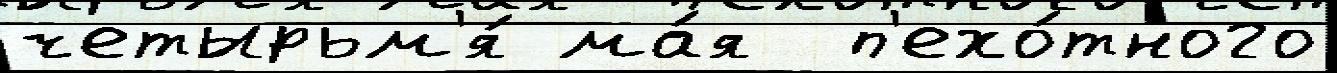
четырьм'я́ ма́я  п'ехо́тного